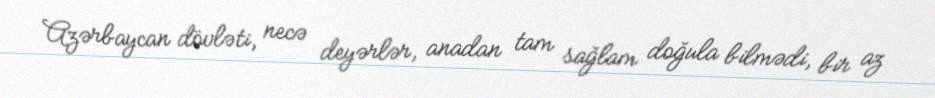
Azərbaycan dövləti, necə deyərlər, anadan tam sağlam doğula bilmədi, bir az